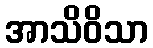
အာသိဝိသာ